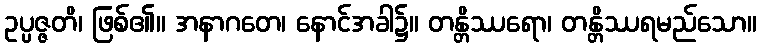
ဥပ္ပဇ္ဇတိ၊ ဖြစ်၏။ အနာဂတေ၊ နောင်အခါ၌။ တန္တိဿရော၊ တန္တိဿရမည်သော။